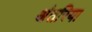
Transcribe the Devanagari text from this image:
अंतरिया